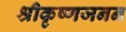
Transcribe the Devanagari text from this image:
श्रीकृष्णजनन